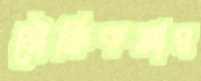
যৌক্তিকতার